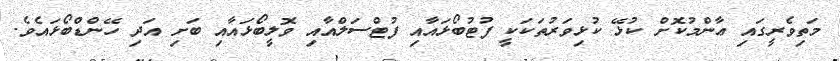
މަތިވެރީގައި ޢާންމުކޮށް ކުޅޭ ކުޅިވަރުތަކަކީ ފުޓުބޯޅައާއި ފުޓްސަލްއާއި ވޮލީބޯޅައާއި ބަށި އަދި ހޭންޑްބޯޅައެވެ.